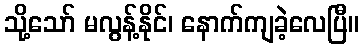
သို့သော် မလွန့်နိုင်၊ နောက်ကျခဲ့လေပြီ။